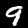
Digit: 9